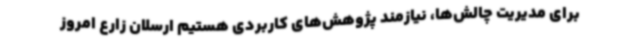
برای مدیریت چالش‌ها، نیازمند پژوهش‌های کاربردی هستیم ارسلان زارع امروز